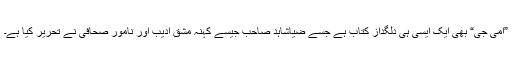
”امی جی“ بھی ایک ایسی ہی دلگداز کتاب ہے جسے ضیاشاہد صاحب جیسے کہنہ مشق ادیب اور نامور صحافی نے تحریر کیا ہے۔